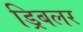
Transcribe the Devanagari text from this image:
ड्रिबलर